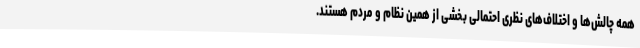
همه چالش‌ها و اختلاف‌های نظری احتمالی بخشی از همین نظام و مردم هستند.